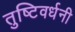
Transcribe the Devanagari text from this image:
तुष्टिवर्धनी